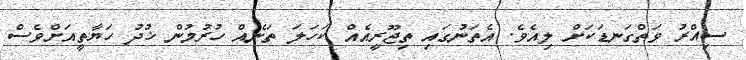
ސިއްރު ވަތްގަނޑަކަށް ލިއެވެ. އެތަނުގައި ތިޖޫރީއެއް ކަހަލަ ތަނެއް ހުރުމުން ޚުދު ހަޔާތީއަށްވެސް